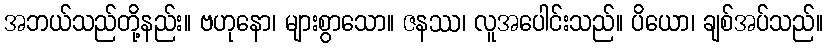
အဘယ်သည်တို့နည်း။ ဗဟုနော၊ များစွာသော။ ဇနဿ၊ လူအပေါင်းသည်။ ပိယော၊ ချစ်အပ်သည်။